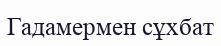
Гадамермен сұхбат